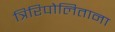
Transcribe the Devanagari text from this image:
त्रिरिपोलिताना